Medical and sanitary report of the native army of Bengal for the year
Year: 1876
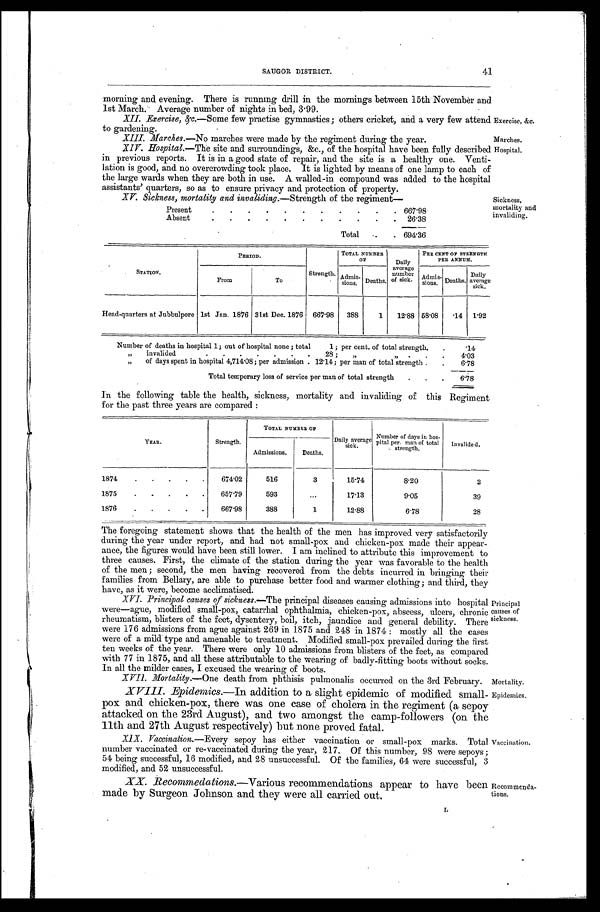
Exercise, &c.
Marches.
Hospital.
41
SAUGOR DISTRICT.
morning and evening. There is running drill in the mornings between 15th November and
1st March. Average number of nights in bed, 3.99.
XII. Exercise, &c.—Some few practise gymnastics; others cricket, and a very few attend
to gardening.
XIII. Marches.— No marches were made by the regiment during the year.
XIV. Hospital.—The site and surroundings, &c., of the hospital nave been fully described
in previous reports. It is in a good state of repair, and the site is a healthy one. Venti
-
lation is good, and no overcrowding took place. It is lighted by means of one lamp to each of
the large wards when they are both in use. A walled-in compound was added to the hospital
assistants' quarters, so as to ensure privacy and protection of property.
XV. Sickness, mortality and invaliding.— Strength of the regiment—
Present
.
.
. 667.98
Absent
.
.
.
26.38
Total . . . 694.36
Sickness,
mortality and
invaliding.
STATION.
PERIOD.
Strength.
TOTAL NUMBER
O F
Daily
average
number
of sick.
PER CENT OF STRENGTH
PER ANNUM.
Admis-
sions. Deaths.
Daily
average
sick.
From
To
Admis- s i o n s .
Deaths.
Head-quarters at Jubbulpore 1st Jan. 1876 31st Dec. 1876 667.98
388
1
12.88 58.08
.14 1.92
Number of deaths in hospital 1; out of hospital none; total
1; per cent of total strength . . .
.14
" invalided . . . 28; " " . . .
4.03
" of days spent in hospital 4,714.08; per admission . 12.14; per man of total strength . . .
6.78
Total temporary loss of service per man of total strength . . .
6.78
In the following table the health, sickness, mortality and invaliding of this Regiment
for the past three years are compared:
YEAR .
Strength.
TOTAL NUMMBE OF
Daily average
sick.
Number of days in hos
-pital per man of total
strength.
Invalided.
Admissions.
Deaths.
1874 . . .
674.02
516
3
15.74
8.20
2
1875 . . .
657.79
593
. . .
17.13
9.05
39
1876 . . .
667.98
388
1
12.88
6.78
28
The foregoing statement shows that the health of the men has improved very satisfactorily
during the year under report, and had not small-pox and chicken-pox made their appear
-
ance, the figures would have been still lower. I am inclined to attribute this improvement to
three causes. First, the climate of the station during the year was favorable to the health
of the men; second, the men having recovered from the debts incurred in bringing their
families from Bellary, are able to purchase better food and warmer clothing; and third, they
have, as it were, become acclimatised.
XVI. Principal causes of sickness.— The principal diseases causing admissions into hospital
were—ague, modified small-pox, catarrhal ophthalmia, chicken-pox, abscess, ulcers, chronic
rheumatism, blisters of the feet, dysentery, boil, itch, jaundice and general debility. There
were 176 admissions from ague against 269 in 1875 and 248 in 1874: mostly all the cases
were of a mild type and amenable to treatment. Modified small-pox prevailed during the first
ten weeks of the year. There were only 10 admissions from blisters of the feet, as compared
with 77 in 1875, and all these attributable to the wearing of badly-fitting boots without socks.
In all the milder cases, I excused the wearing of boots.
Principal
causes of
sickness.
XVIl. Mortality.— One death from phthisis pulmonalis occurred on the 3rd February. Mortality.
XVIII. Epidemics.— In addition to a slight epidemic of modified small
-
pox and chicken-pox, there was one case of cholera in the regiment (a sepoy
attacked on the 23rd August), and two amongst the camp-followers (on the
llth and 27th August respectively) but none proved fatal.
XIX. Vaccination.— Every sepoy has either vaccination or small-pox marks. Total
number vaccinated or re-vaccinated during the year, 217. Of this number, 98 were sepoys;
54 being successful, 16 modified, and 28 unsuccessful. Of the families, 64 were successful, 3
m o d i f i e d , a n d 5 2 u n s u c c e s s f u l .
XX. Recommedations.— Various recommendations appear to have been
made by Surgeon Johnson and they were all carried out.
Epidemics.
Vaccination.
Recommenda
-
tions.
L